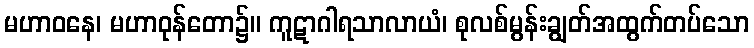
မဟာဝနေ၊ မဟာဝုန်တော၌။ ကူဋာဂါရသာလာယံ၊ စုလစ်မွန်းချွတ်အထွက်တပ်သော